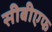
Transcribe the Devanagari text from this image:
सीबीएफ